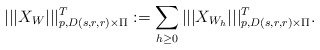
\begin{align*}|||X_W|||_{p,D(s,r,r)\times\Pi}^T:=\sum_{h\geq 0}|||X_{W_{h}}|||_{p,D(s,r,r)\times\Pi}^T. \end{align*}